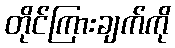
တိုင်ကြားချက်ကို